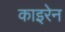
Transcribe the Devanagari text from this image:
काइरेन